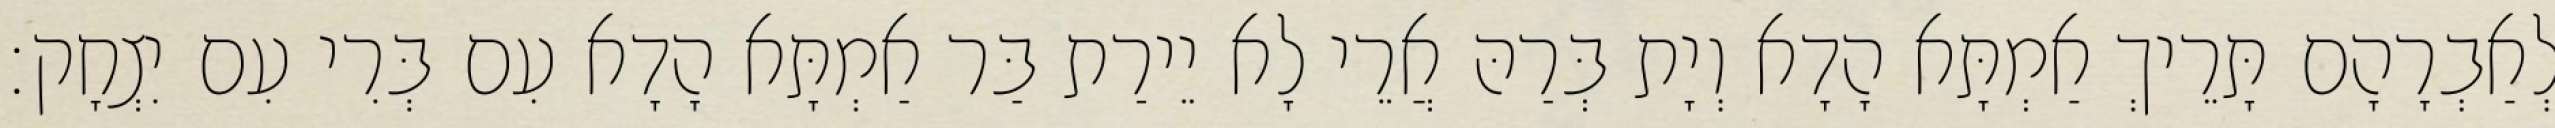
לְאַבְרָהָם תָּרֵיךְ אַמְתָּא הָדָא וְיָת בְּרַהּ אֲרֵי לָא יֵירַת בַּר אַמְתָּא הָדָא עִם בְּרִי עִם יִצְחָק׃